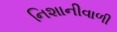
નિશાનીવાળી